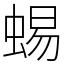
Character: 蜴